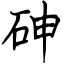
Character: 砷